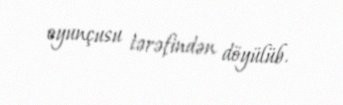
oyunçusu tərəfindən döyülüb.